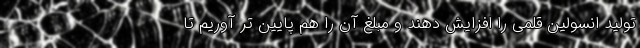
تولید انسولین قلمی را افزایش دهند و مبلغ آن را هم پایین تر آوریم تا